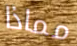
مماذا